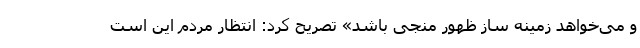
و می‌خواهد زمینه ساز ظهور منجی باشد» تصریح کرد: انتظار مردم این است